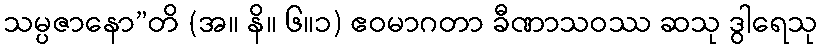
သမ္ပဇာနော”တိ (အ။ နိ။ ၆။၁) ဧဝမာဂတာ ခီဏာသဝဿ ဆသု ဒွါရေသု